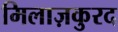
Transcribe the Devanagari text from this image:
मिलाज़कुरद